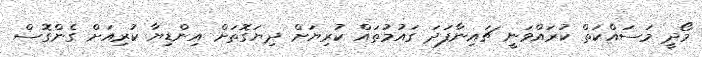
މޯދީ މަސައްކަތް ކުރައްވަނީ ޗައިނާފަދަ ގައުމުތައް ކުރިޔަށް ދިޔަގޮތަށް އިންޑިޔާ ކުރިއަށް ގެންގޮސް